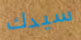
سيدك